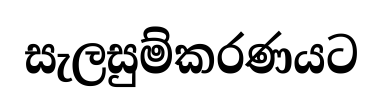
සැලසුම්කරණයට